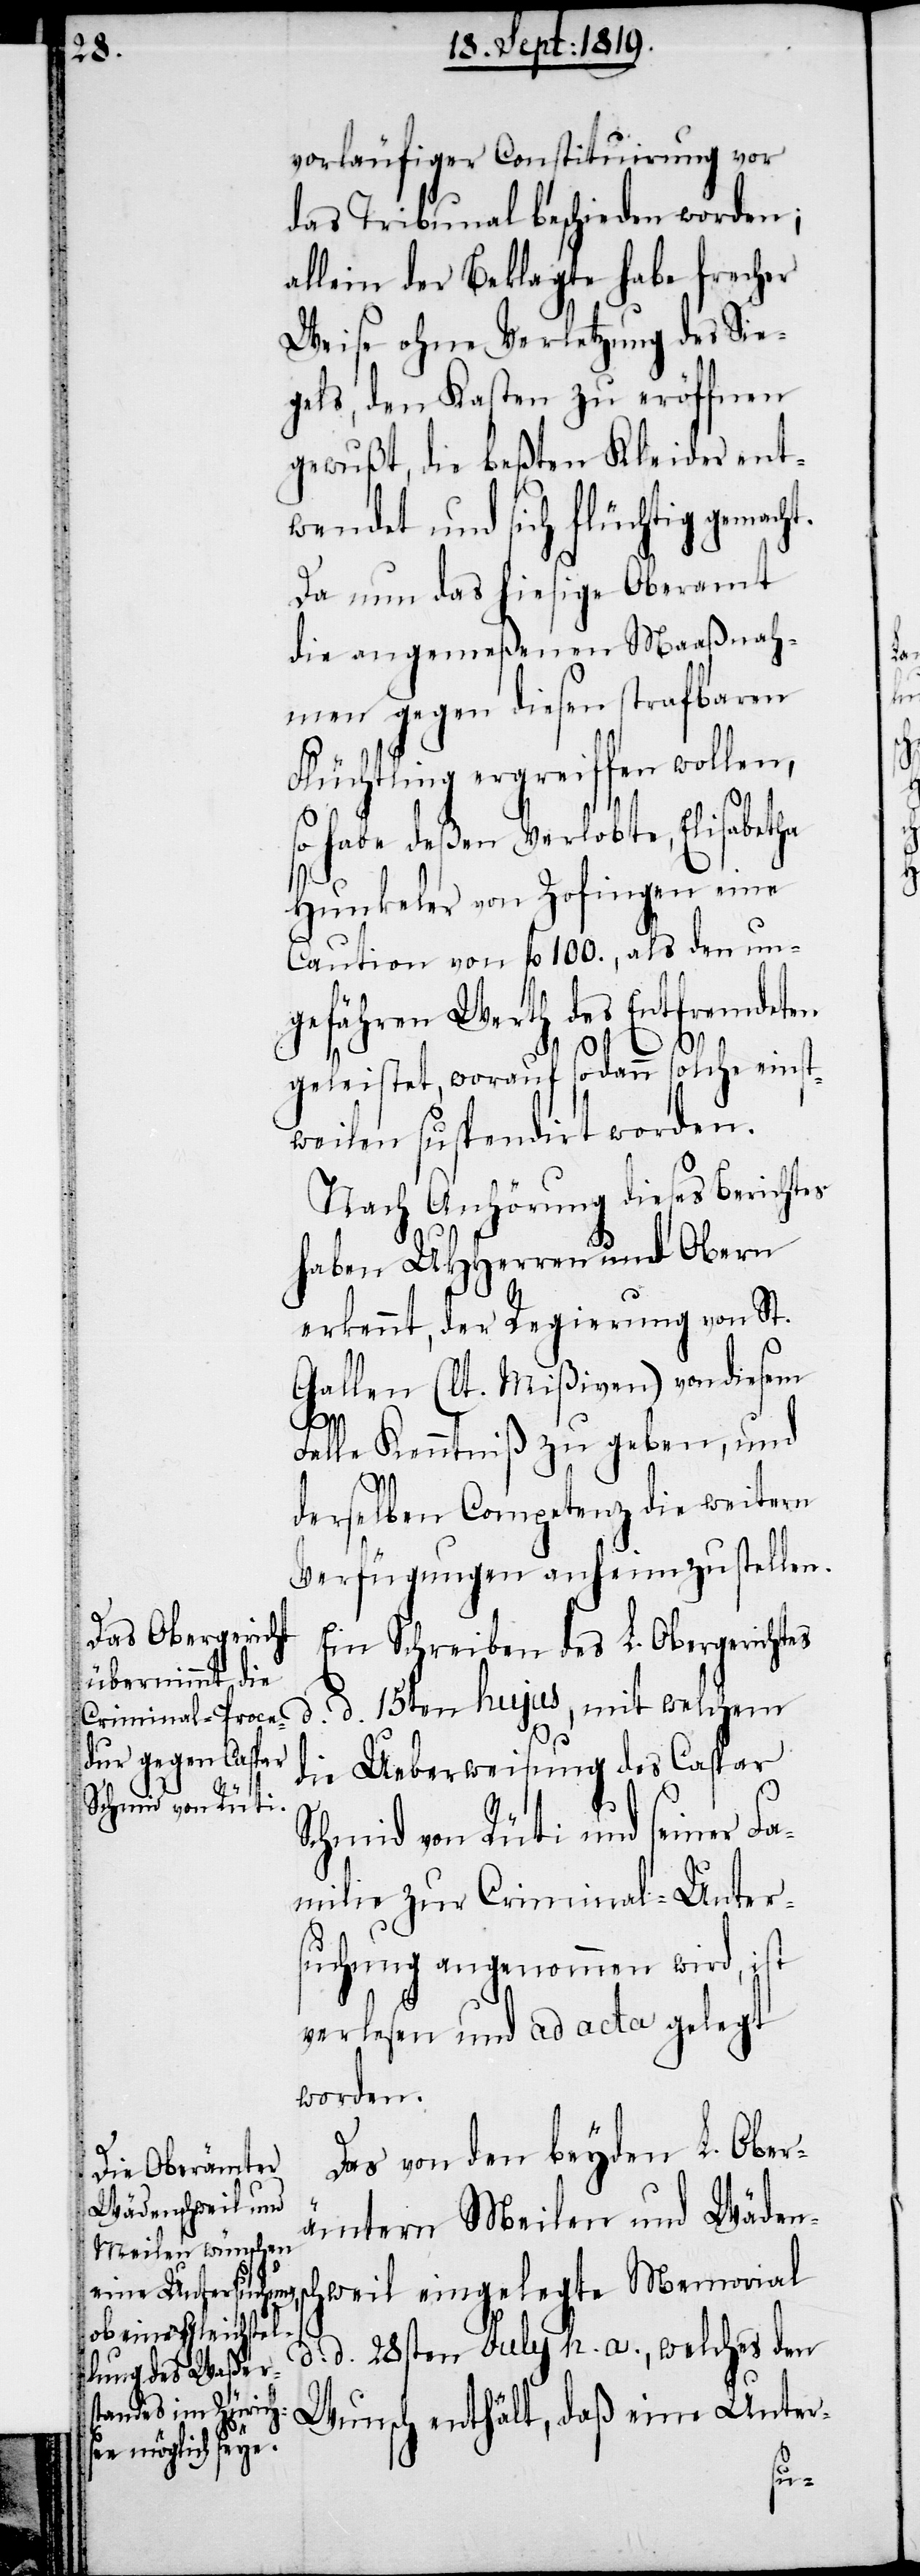
vorläufiger Constituirung vor
das Tribunal beschieden worden;
allein der Beklagte habe frecher
Weise ohne Verletzung des Sie¬
gels, den Kasten zu eröffnen
gewußt, die beßten Kleider ent¬
wendet und sich flüchtig gemach¬
Da nun das hiesige Oberamt
die angemeßenen Maaßnah¬
men gegen diesen strafbaren
Flüchtling ergreiffen wollen,
so habe deßen Verlobte, Elisabetha
Hunkeler von Zofingen eine
Caution von fl. 100., als den un¬
gefähren Werth des Entfremdeten
geleistet, worauf sodann solche einst¬
weilen suspendirt worden.
Nach Anhörung dieses Berich¬
haben UHHerren und Obern
erkennt, der Regierung von St.
Gallen (lt. Mißiven) von diesem
tes
Falle Kenntniß zu geben, und
d.
derselben Competenz die weitern
Verfügungen anheim zu stellen.
Ein Schreiben des L. Obergerichtes
d. 15ten hujus, mit welchem
die Ueberweisung des Caspar
Schmid von Rüti und seiner Fa¬
milie zur Criminal-Unter¬
suchung angenommen wird, ist
verlesen und ad acta gelegt
worden.
Das von den beyden L. Ober¬
ämtern Meilen und Wäden¬
schweil eingelegte Memorial
d. d. 28sten July h. a., welches den
Wunsch enthält, daß eine Unter-